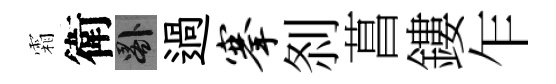
霜衛晷過搴𠛴菖鏤乍